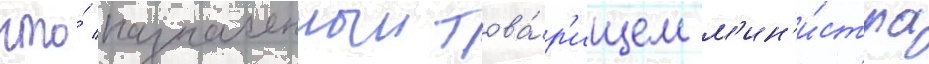
что́ назначенныи това́р'ищем м'ин'и́стра